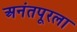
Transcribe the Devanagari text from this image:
अनंतपूरला